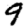
Digit: 9